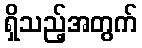
ရှိသည့်အတွက်